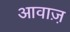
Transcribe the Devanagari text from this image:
आवाज़़